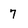
Character: 7